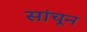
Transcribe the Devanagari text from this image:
सांचून